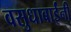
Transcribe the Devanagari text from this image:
वसुधाबाईंनी